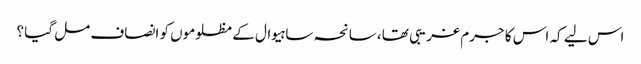
اس لیے کہ اس کا جرم غریبی تھا ،سانحہ ساہیوال کے مظلوموں کو انصاف مل گیا ؟